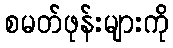
စမတ်ဖုန်းများကို